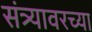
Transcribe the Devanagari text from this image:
संत्र्यावरच्या